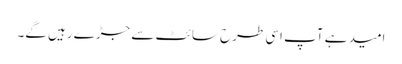
امید ہے آپ اسی طرح سائٹ سے جڑے رہیں گے۔